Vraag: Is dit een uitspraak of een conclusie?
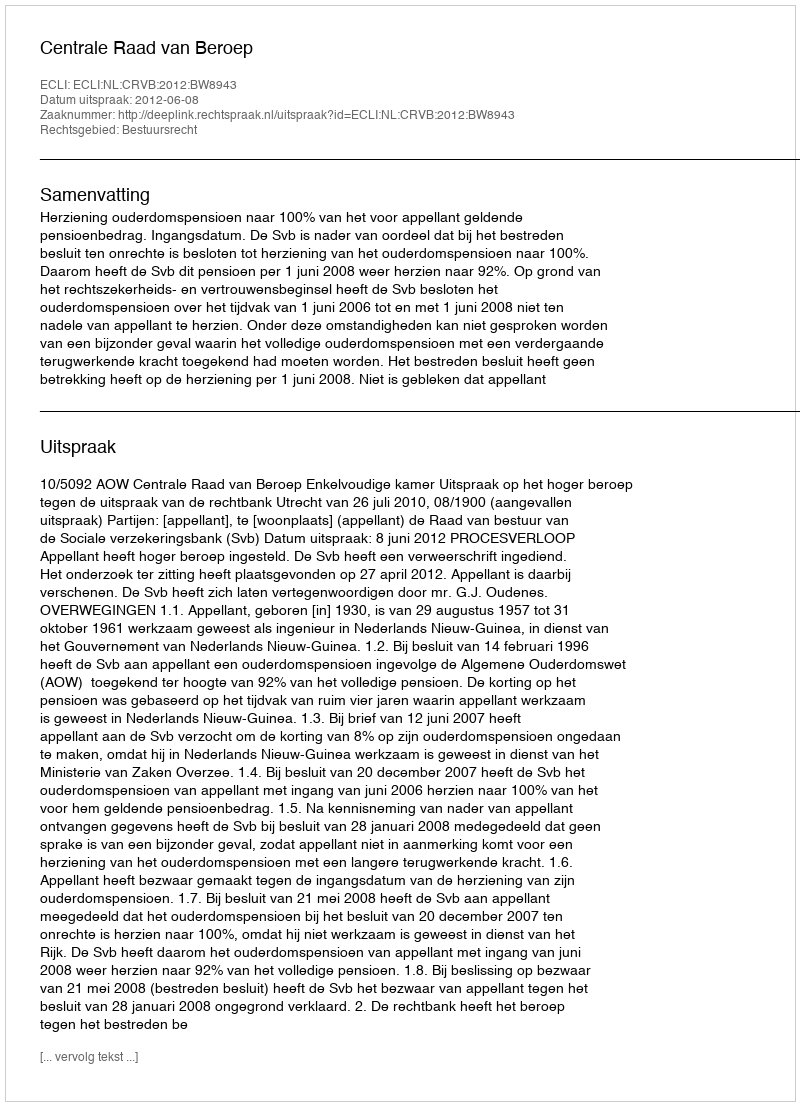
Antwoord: Uitspraak